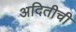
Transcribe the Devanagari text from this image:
अदितीची